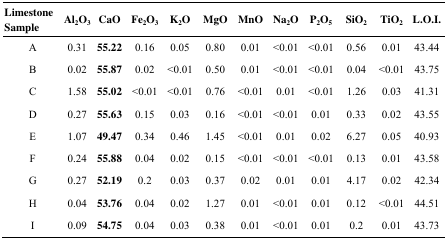
| Limestone Sample | Al2O3 | CaO | Fe2O3 | K2O | MgO | MnO | Na2O | P2O5 | SiO2 | TiO2 | L.O.I. |
 | --- | --- | --- | --- | --- | --- | --- | --- | --- | --- | --- | --- |
 | A | 0.31 | 55.22 | 0.16 | 0.05 | 0.80 | 0.01 | <0.01 | <0.01 | 0.56 | 0.01 | 43.44 |
 | B | 0.02 | 55.87 | 0.02 | <0.01 | 0.50 | 0.01 | <0.01 | <0.01 | 0.04 | <0.01 | 43.75 |
 | C | 1.58 | 55.02 | <0.01 | <0.01 | 0.76 | <0.01 | 0.01 | <0.01 | 1.26 | 0.03 | 41.31 |
 | D | 0.27 | 55.63 | 0.15 | 0.03 | 0.16 | <0.01 | <0.01 | 0.01 | 0.33 | 0.02 | 43.55 |
 | E | 1.07 | 49.47 | 0.34 | 0.46 | 1.45 | <0.01 | 0.01 | 0.02 | 6.27 | 0.05 | 40.93 |
 | F | 0.24 | 55.88 | 0.04 | 0.02 | 0.15 | <0.01 | <0.01 | <0.01 | 0.13 | 0.01 | 43.58 |
 | G | 0.27 | 52.19 | 0.2 | 0.03 | 0.37 | 0.02 | 0.01 | 0.01 | 4.17 | 0.02 | 42.34 |
 | H | 0.04 | 53.76 | 0.04 | 0.02 | 1.27 | 0.01 | <0.01 | 0.01 | 0.12 | <0.01 | 44.51 |
 | I | 0.09 | 54.75 | 0.04 | 0.03 | 0.38 | 0.01 | <0.01 | 0.01 | 0.2 | 0.01 | 43.73 |